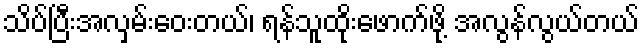
သိပ်ပြီးအလှမ်းဝေးတယ်၊ ရန်သူထိုးဖောက်ဖို့ အလွန်လွယ်တယ်